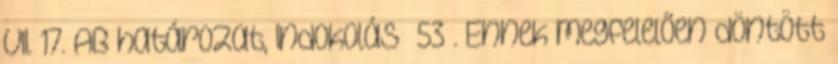
VII. 17. AB határozat, Indokolás 53 . Ennek megfelelően döntött